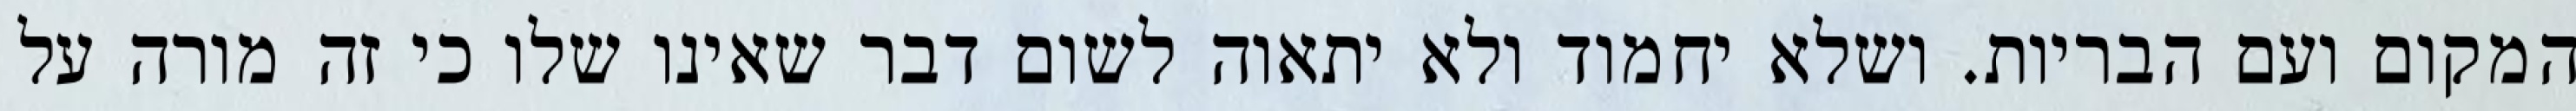
המקום ועם הבריות. ושלא יחמוד ולא יתאוה לשום דבר שאינו שלו כי זה מורה על